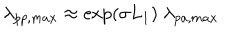
\lambda _ { p p , m a x } \approx \exp ( \sigma L _ { 1 } ) \; \lambda _ { p a , m a x }